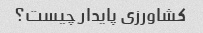
کشاورزی پایدار چیست؟